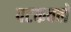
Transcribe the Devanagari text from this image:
पटकवले